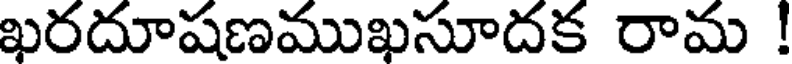
ఖరదూషణముఖసూదక రామ !